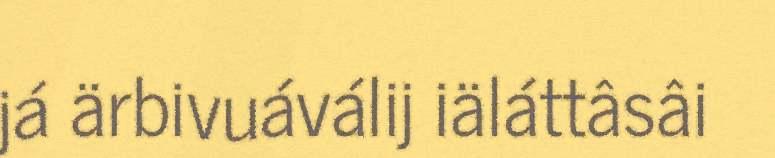
já ärbivuáválij iäláttâsâi